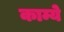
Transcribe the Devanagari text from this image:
काम्ये